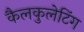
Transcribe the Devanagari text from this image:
कैलकुलेटिंग